画像に写った文字を読んでください
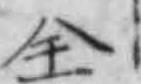
「全」と書いてあります